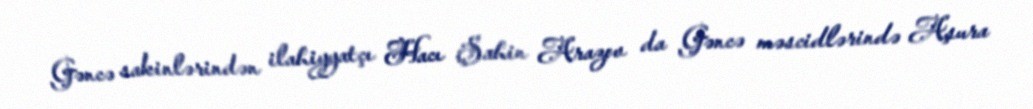
Gəncə sakinlərindən ilahiyyatçı Hacı Şahin Arazov da Gəncə məscidlərində Aşura